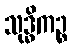
သုဒ္ဓိကဉ္စ